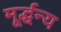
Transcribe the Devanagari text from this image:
मूर्द्धन्य